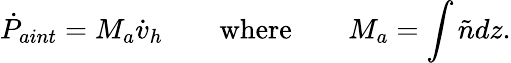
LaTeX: \dot{P}_{aint}=M_{a}\dot{v}_{h}\qquad\mathrm{where}\qquad M_{a}=\int\tilde{n}dz.